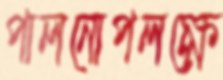
পালনোপলক্ষে